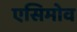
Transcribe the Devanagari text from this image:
एसिमोव